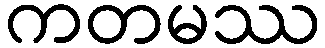
ကတမဿ